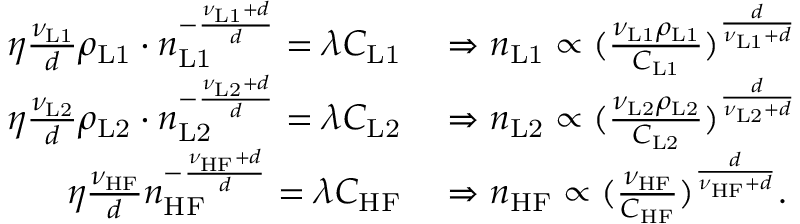
\begin{array} { r l } { \eta \frac { \nu _ { \mathrm { L 1 } } } { d } \rho _ { \mathrm { L 1 } } \cdot n _ { \mathrm { L 1 } } ^ { - \frac { \nu _ { \mathrm { L 1 } } + d } { d } } = \lambda C _ { \mathrm { L 1 } } } & { { } \Rightarrow n _ { \mathrm { L 1 } } \propto ( \frac { \nu _ { \mathrm { L 1 } } \rho _ { \mathrm { L 1 } } } { C _ { \mathrm { L 1 } } } ) ^ { \frac { d } { \nu _ { \mathrm { L 1 } } + d } } } \\ { \eta \frac { \nu _ { \mathrm { L 2 } } } { d } \rho _ { \mathrm { L 2 } } \cdot n _ { \mathrm { L 2 } } ^ { - \frac { \nu _ { \mathrm { L 2 } } + d } { d } } = \lambda C _ { \mathrm { L 2 } } } & { { } \Rightarrow n _ { \mathrm { L 2 } } \propto ( \frac { \nu _ { \mathrm { L 2 } } \rho _ { \mathrm { L 2 } } } { C _ { \mathrm { L 2 } } } ) ^ { \frac { d } { \nu _ { \mathrm { L 2 } } + d } } } \\ { \eta \frac { \nu _ { \mathrm { H F } } } { d } n _ { \mathrm { H F } } ^ { - \frac { \nu _ { \mathrm { H F } } + d } { d } } = \lambda C _ { \mathrm { H F } } } & { { } \Rightarrow n _ { \mathrm { H F } } \propto ( \frac { \nu _ { \mathrm { H F } } } { C _ { \mathrm { H F } } } ) ^ { \frac { d } { \nu _ { \mathrm { H F } } + d } } . } \end{array}